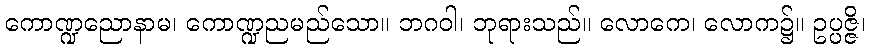
ကောဏ္ဍညောနာမ၊ ကောဏ္ဍညမည်သော။ ဘဂဝါ၊ ဘုရားသည်။ လောကေ၊ လောက၌။ ဥပ္ပဇ္ဇိ၊